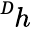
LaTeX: ^Ḋh\mathcal{Ḍ}